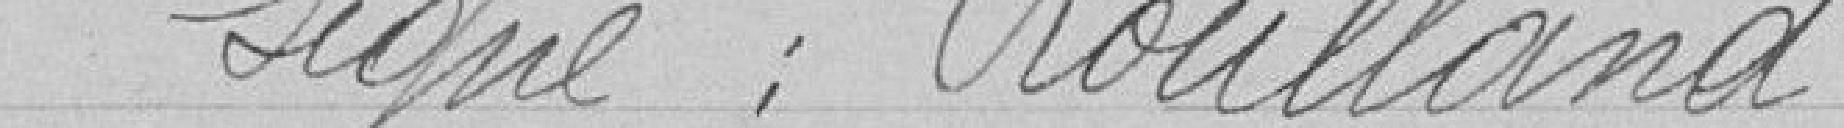
Signé: Roulland